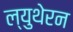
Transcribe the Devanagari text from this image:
ल्युथेरन